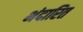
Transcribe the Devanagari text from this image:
भंदारित